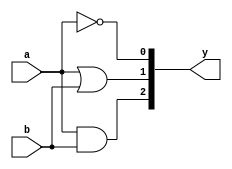
module gates(input a, b, output [2:0]y);
assign y[2]= a & b; // AND gate
assign y[1]= a | b; // OR gate
assign y[0]= ~a; // NOT gate
endmodule	


module modulegates_tb;
wire [2:0]y;
reg a, b;
gates dut(.y(y), .a(a), .b(b));
initial
begin
$dumpfile("nidhish.vcd");
$dumpvars(0, modulegates_tb);  
a = 1'b0;
b = 1'b0;
#50;
a = 1'b0;
b = 1'b1;
#50;
a = 1'b1;
b = 1'b0;
#50;
a = 1'b1;
b = 1'b1;
#50;
end
endmodule